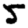
Digit: 5